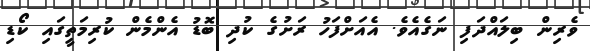
ވެރިން ބިލައްދަފި ނަގެއެވެ. އެއަށްފަހު ރަށުގެ ކުދި ބޮޑު އެންމެން ކުރިމަތީގައި ކޯޑި